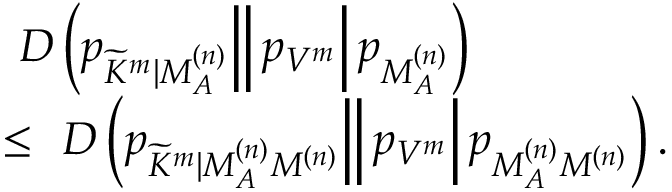
\begin{array} { r l } & { \left. \left. \left. D \left( p _ { \widetilde { K } ^ { m } | M _ { { \cal A } } ^ { ( n ) } } \right| \right| p _ { V ^ { m } } \right| p _ { M _ { \cal A } ^ { ( n ) } } \right) } \\ & { \leq \left. \left. \left. D \left( p _ { \widetilde { K } ^ { m } | M _ { { \cal A } } ^ { ( n ) } M ^ { ( n ) } } \right| \right| p _ { V ^ { m } } \right| p _ { M _ { \cal A } ^ { ( n ) } M ^ { ( n ) } } \right) . } \end{array}